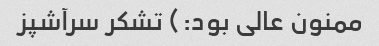
ممنون عالی بود:) تشکر سرآشپز